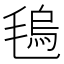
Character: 𣯑